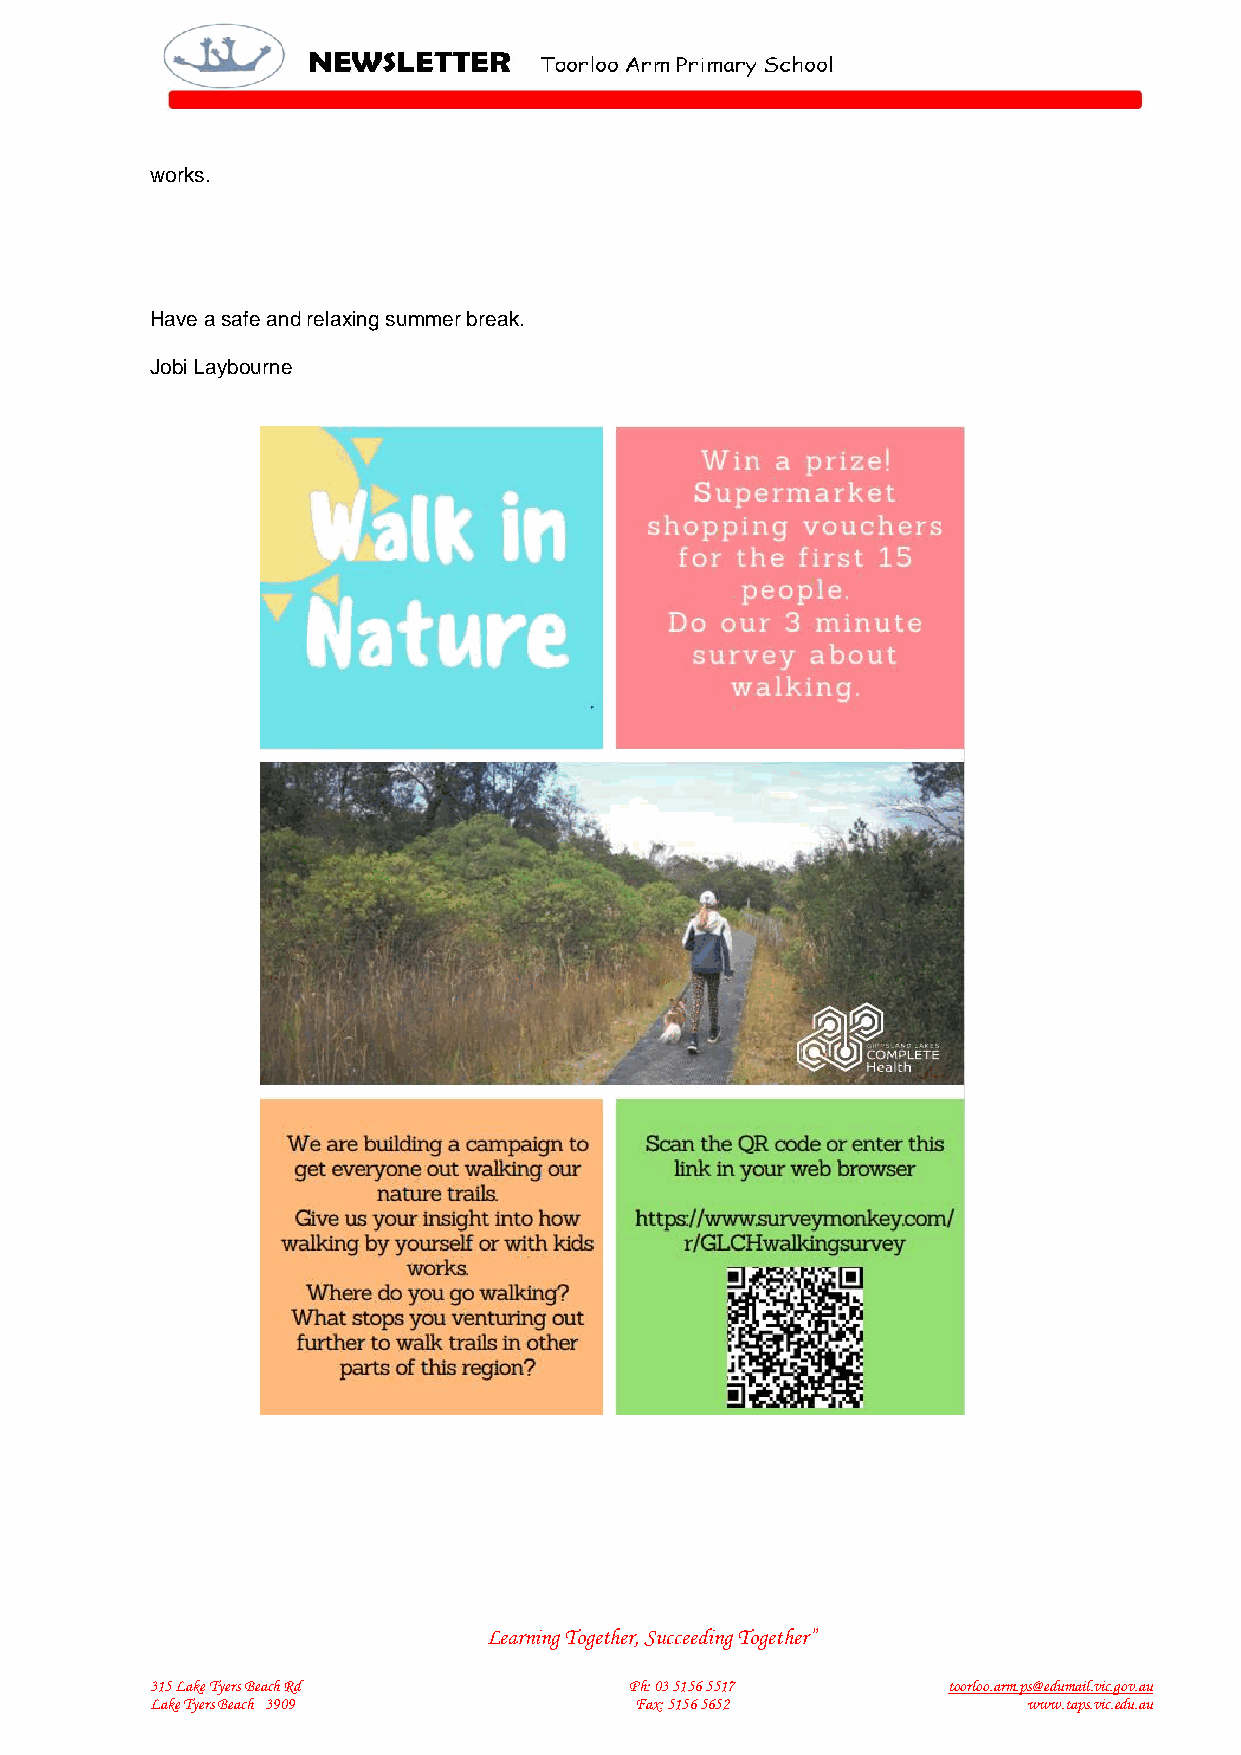
works.
 Have a safe and relaxing summer break.
 Jobi Laybourne
 Learning Together, Succeeding Together”
 315 Lake Tyers Beach Rd         Ph: 03 5156 5517     toorloo.arm.ps@edumail.vic.gov.au
 Lake Tyers Beach 3909           Fax: 5156 5652            www.taps.vic.edu.au